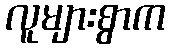
လူများစွာက